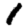
Digit: 1